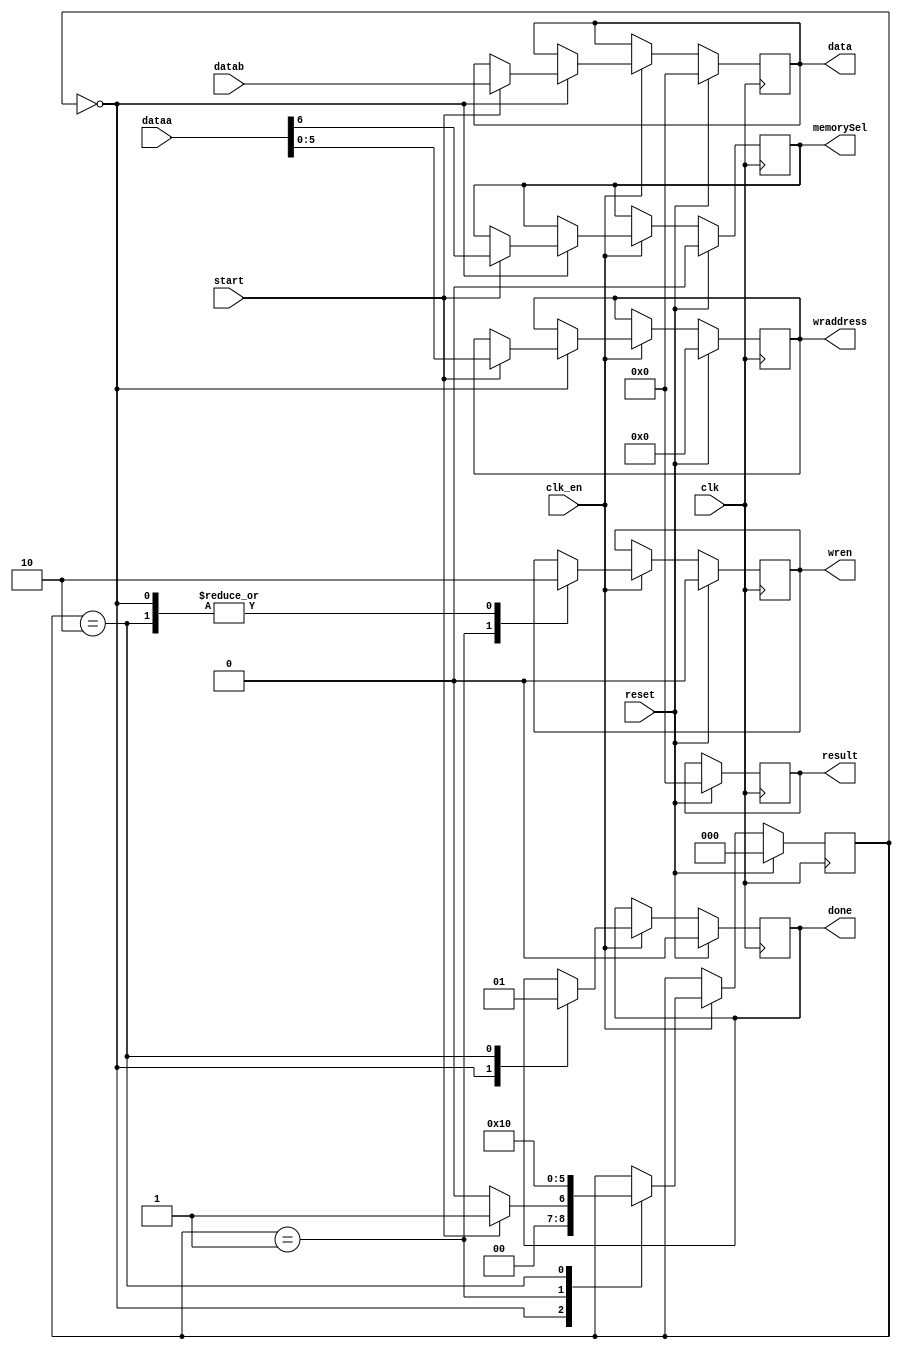
module loadVga(dataa, datab, clk, clk_en, reset, start, result, done, data, wraddress, wren, memorySel);
	input [31:0] dataa; // endereo da memoria e diz se escreve na memoria 1 ou 2
	input [31:0] datab; // dado
	input clk;
	input clk_en; 
	input reset;
	input start;
	output reg [31:0] result;// n vai ser usado mas tem que ter pq  parametro da custom instruction
	output reg done;
	output reg [31:0] data; //dado que vai ser escrito na memria
	output reg [5:0] wraddress; // endereo da memoria
	output reg wren; //write enable da memoria
	output reg memorySel; //seleciona memoria que vai escrever
	 
	reg [2:0] state;
	
	localparam IDLE    =2'b00;
	localparam WRITING =2'b01;
	localparam FINISH  =2'b10;
	
	always @ (posedge clk) begin
		if(reset) begin
			wren <= 1'b0;
			done <= 1'b0;
			result <= 32'd0;
			data <= 32'd0;
			wraddress <= 6'd0;
			memorySel <= 1'b0;
			state <= IDLE;
		end
		else begin
			if(clk_en) begin
				case(state)
					IDLE: begin
						wren <= 1'b0;
						done <= 1'b0;
						if(start) begin
							state <= WRITING;
							data <= datab;
							wraddress <= dataa[5:0];
							memorySel <= dataa[6];
						end
						else begin
							state <= IDLE;
						end
					end
					WRITING: begin
						state <= FINISH;
						wren <= 1'b1;
					end
					FINISH: begin
						wren <= 1'b0;
						done <= 1'b1;
						state <= IDLE;
					end
				endcase
			end
		end
	end
endmodule